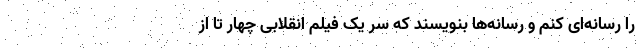
را رسانه‌ای کنم و رسانه‌ها بنویسند که سر یک فیلم انقلابی چهار تا از